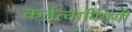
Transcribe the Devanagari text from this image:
कर्तृत्वाविषयी